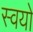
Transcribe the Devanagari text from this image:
स्वयो